Annual administration report of the Civil Veterinary Department of India - 1899-1900
Year: 1899
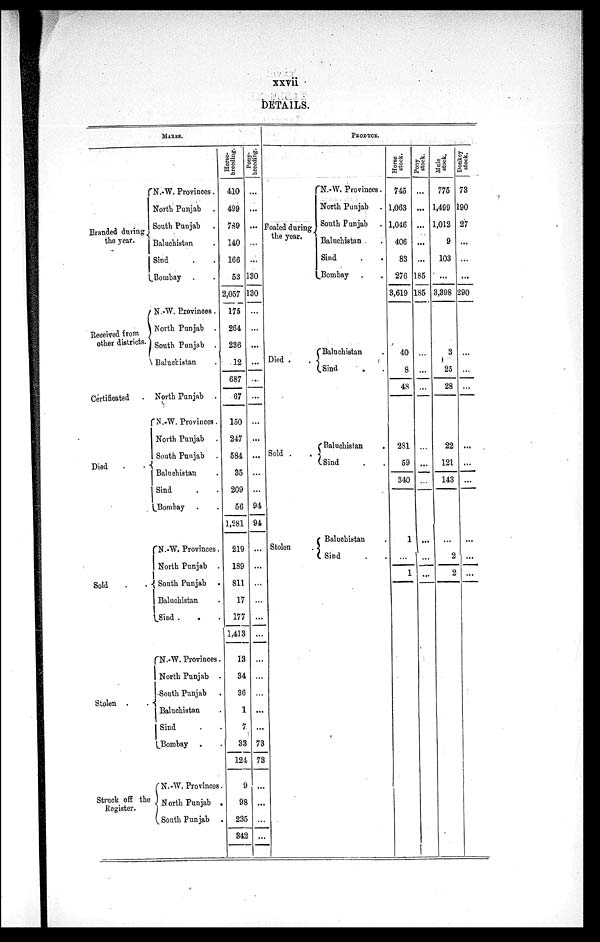
xxvii
DETAILS.
MAKES
Branded during.
the year.
Received from
other districts.
Certificated
Died
Sold
Stolen . .
Struck off the
Register.
N.-W. Provinces.
North Punjab
South Punjab .
Baluchistan .
Sind . .
Bombay . .
N.-W. Provinces .
North Punjab
South Punjab
.
Baluchistan
North Punjab
N.-W. Provinces .
North Punjab
South Punjab
I Baluchistan
Sind . .
Bombay . .
N.-W. Provinces.
North Punjab .
South Punjab .
Baluchistan .
Sind . . .
N.-W. Provinces.
North Punjab
South Punjab .
Baluchistan
Sind . .
Bombay . .
N.-W. Provinces .
North Punjab .
South Punjab .
Hor s e-
breeding.
410
499
789
140
166
53
2,057
175
264
236
12
687
67
150
247
584
35
209
56
1,281
219
189
811
17
177
1,413
13
34
36
i
7
33
124
9
98
235
342
Pony-
br eedi ng.
...
...
...
...
130
130
...
...
...
...
...
...
...
...
...
...
...
94
94
...
...
...
...
...
...
...
...
...
...
...
73
73
...
...
...
...
PRODUCE.
Foaled during
the year.
Died . .
Sold . .
Stolen
N.-W. Provinces.
North Punjab
South Punjab .
Baluchistan .
Sind . .
Bombay . .
Hor s e
stock.
745
1,063
1,046
406
83
276
3,619
Pony
stock.
...
...
...
...
...
185
185
Mal e
stock.
775
1,499
1,012
9
103
...
3,398
Donke y
| stock.
73
190
27
...
...
...
290
Baluchistan .
40
3
...
Sind . .
8
48
...
25
28
...
Baluchistan .
281
22
...
Sind . .
Baluchistan .
Sind . .
59
340
1
...
1
...
...
...
121
143
...
2
2
...
...
...
...